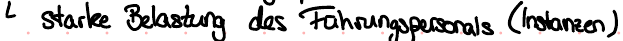
starke Belastung des Fahrungspersonals (Instanzen)